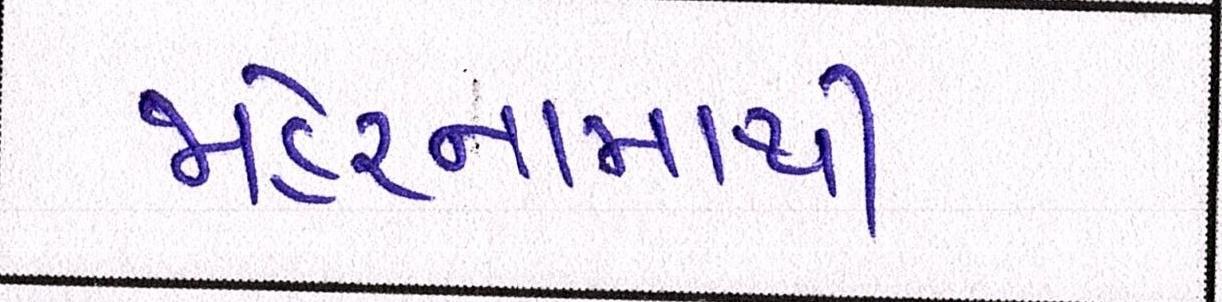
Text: જાહેરનામાથી